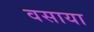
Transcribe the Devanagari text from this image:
वसाया